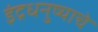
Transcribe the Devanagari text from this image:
इंद्रधनुष्याचे